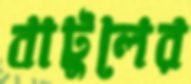
বাটুলের